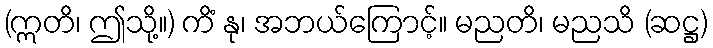
(ဣတိ၊ ဤသို့။) ကိံ နု၊ အဘယ်ကြောင့်။ မညတိ၊ မညသိ (ဆဋ္ဌ)